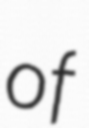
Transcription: of